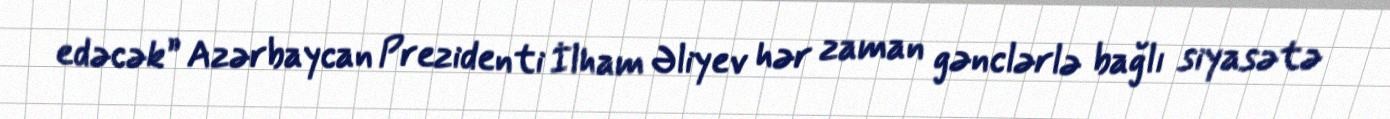
edəcək” Azərbaycan Prezidenti İlham Əliyev hər zaman gənclərlə bağlı siyasətə